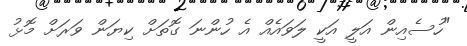
"ހުސެއިން އަލީ އަކީ ލަވައެއް އެ ހުންނަ ގޮތަށް ކިޔަން ވަރަށް މޮޅު